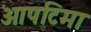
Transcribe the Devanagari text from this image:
ओपटिमा